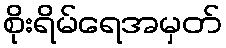
စိုးရိမ်ရေအမှတ်